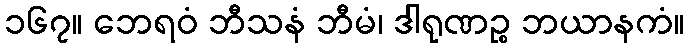
၁၆၇။ ဘေရဝံ ဘီသနံ ဘီမံ၊ ဒါရုဏဉ္စ ဘယာနကံ။